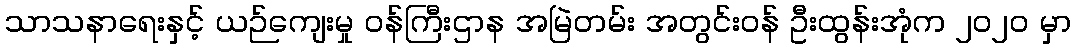
သာသနာရေးနှင့် ယဉ်ကျေးမှု ဝန်ကြီးဌာန အမြဲတမ်း အတွင်းဝန် ဦးထွန်းအုံက ၂၀၂၀ မှာ